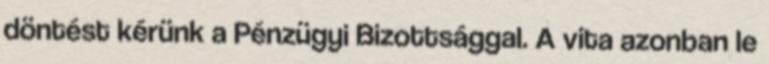
döntést kérünk a Pénzügyi Bizottsággal. A vita azonban le